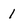
Character: 1